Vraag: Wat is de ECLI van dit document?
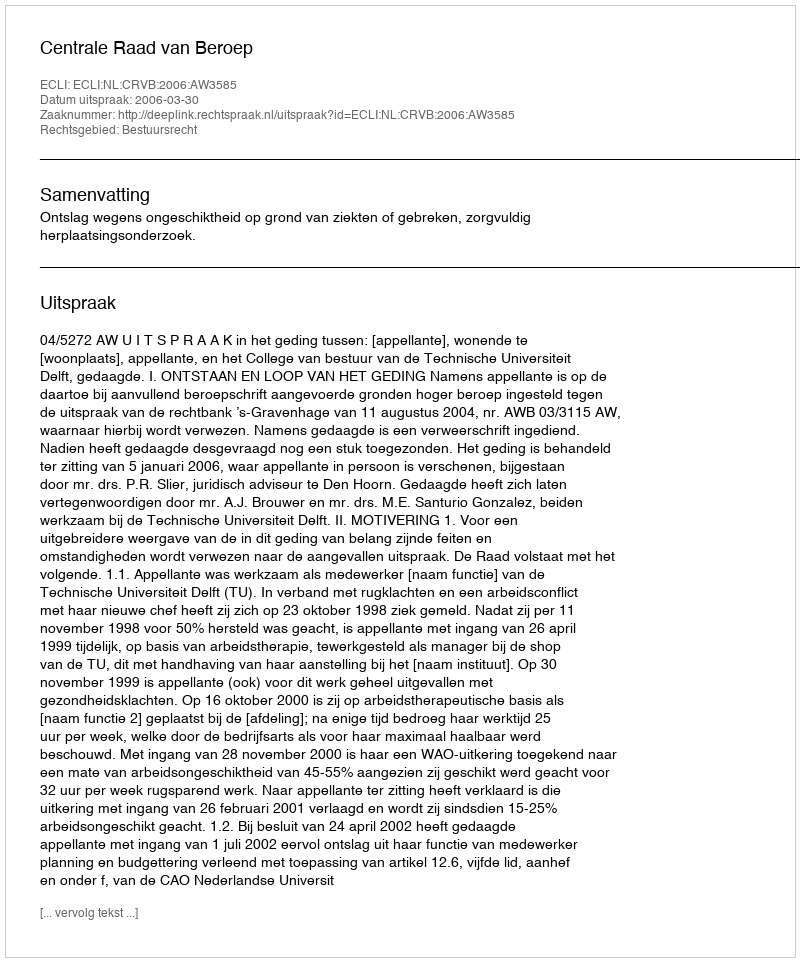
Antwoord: ECLI:NL:CRVB:2006:AW3585